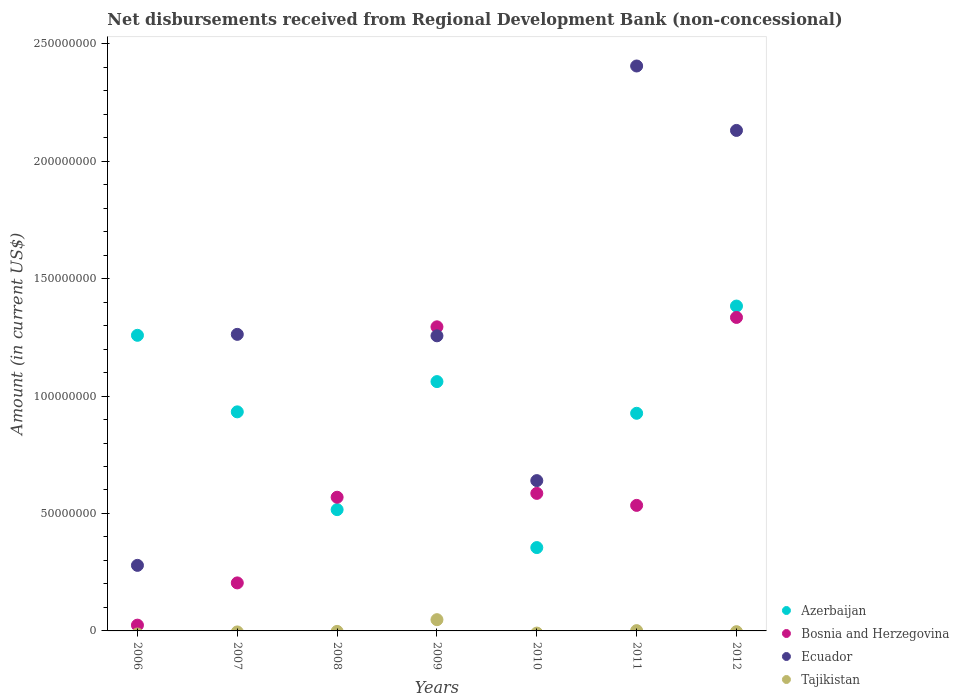
| Years | Azerbaijan | Bosnia and Herzegovina | Ecuador | Tajikistan |
 | --- | --- | --- | --- | --- |
 | 2006 | 1.26e+08 | 2.46e+06 | 2.79e+07 | -1.31e+06 |
 | 2007 | 9.33e+07 | 2.04e+07 | 1.26e+08 | -4.29e+05 |
 | 2008 | 5.16e+07 | 5.69e+07 | -9.98e+06 | -2.02e+05 |
 | 2009 | 1.06e+08 | 1.29e+08 | 1.26e+08 | 4.79e+06 |
 | 2010 | 3.55e+07 | 5.86e+07 | 6.4e+07 | -9.21e+05 |
 | 2011 | 9.27e+07 | 5.34e+07 | 2.41e+08 | 1.25e+05 |
 | 2012 | 1.38e+08 | 1.33e+08 | 2.13e+08 | -3.22e+05 |